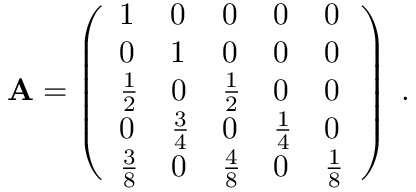
\begin{array} { r } { { \bf A } = \left( \begin{array} { l l l l l } { 1 } & { 0 } & { 0 } & { 0 } & { 0 } \\ { 0 } & { 1 } & { 0 } & { 0 } & { 0 } \\ { \frac { 1 } { 2 } } & { 0 } & { \frac { 1 } { 2 } } & { 0 } & { 0 } \\ { 0 } & { \frac { 3 } { 4 } } & { 0 } & { \frac { 1 } { 4 } } & { 0 } \\ { \frac { 3 } { 8 } } & { 0 } & { \frac { 4 } { 8 } } & { 0 } & { \frac { 1 } { 8 } } \end{array} \right) \; . } \end{array}